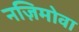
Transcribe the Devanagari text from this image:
नज़िमोवा